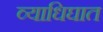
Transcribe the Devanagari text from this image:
व्याधिघात